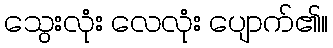
သွေးလုံး လေလုံး ပျောက်၏။